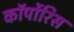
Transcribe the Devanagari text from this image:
कॉर्पोरिस